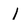
Character: l